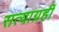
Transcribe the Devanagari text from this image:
सत्याग्रहीं